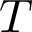
T